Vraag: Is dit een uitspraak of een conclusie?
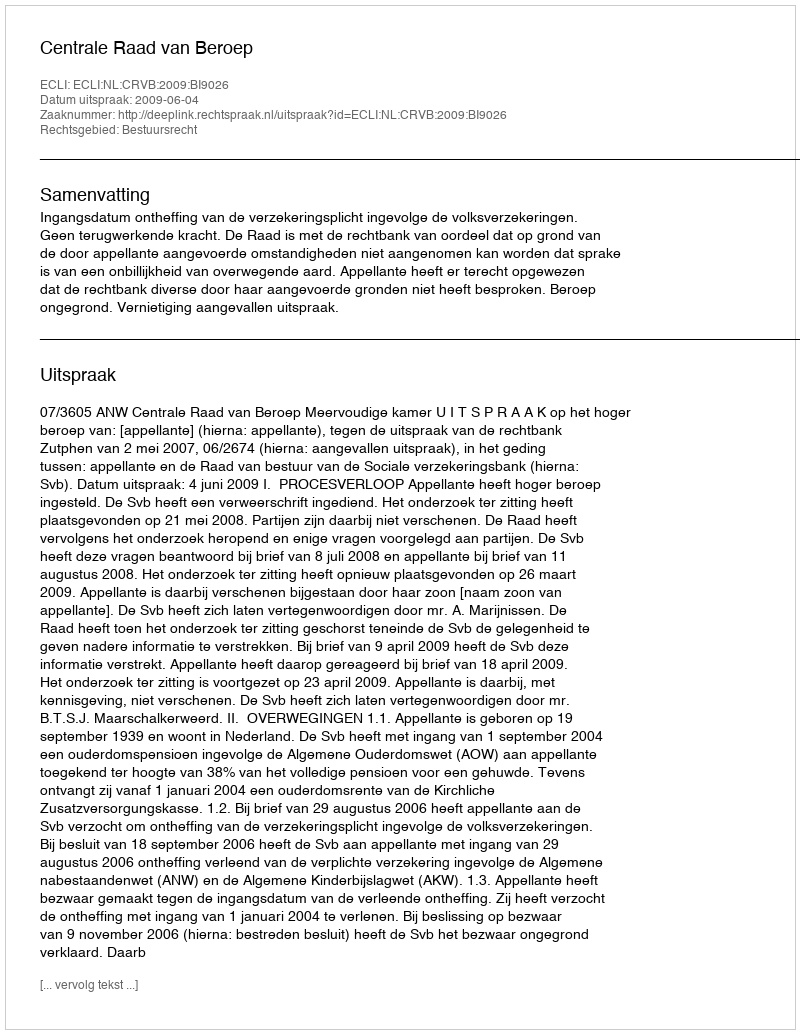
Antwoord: Uitspraak